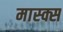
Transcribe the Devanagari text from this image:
मास्क्स